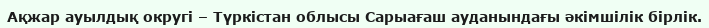
Ақжар ауылдық округі – Түркістан облысы Сарыағаш ауданындағы әкімшілік бірлік.